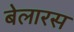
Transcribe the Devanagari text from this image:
बेलारस